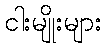
ငါးမျိုးများ